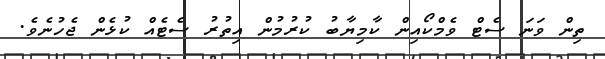
ތިން ވަނަ ސެޓް ވެމްކޯއިން ކާމިޔާބު ކުރުމުން އިތުރު ސެޓެއް ކުޅެން ޖެހުނެވެ.